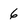
Character: 6